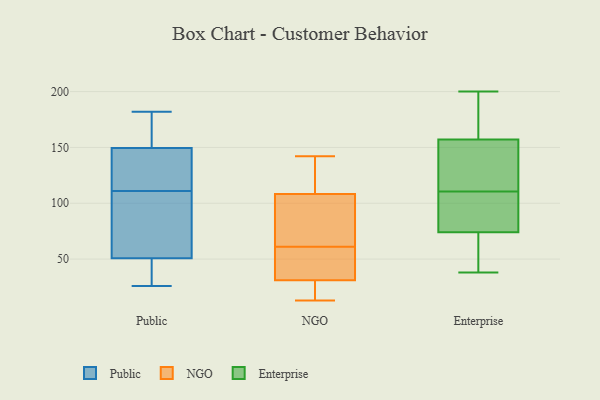
{"axis": {"x": "Satisfaction Score", "y": "Value"}, "legend": ["Enterprise", "NGO", "Public"], "data": [{"x": "", "y": 34, "type": "Public"}, {"x": "", "y": 116, "type": "Public"}, {"x": "", "y": 71, "type": "Public"}, {"x": "", "y": 79, "type": "Public"}, {"x": "", "y": 143, "type": "Public"}, {"x": "", "y": 151, "type": "Public"}, {"x": "", "y": 182, "type": "Public"}, {"x": "", "y": 26, "type": "Public"}, {"x": "", "y": 149, "type": "Public"}, {"x": "", "y": 67, "type": "Public"}, {"x": "", "y": 169, "type": "Public"}, {"x": "", "y": 35, "type": "Public"}, {"x": "", "y": 143, "type": "Public"}, {"x": "", "y": 111, "type": "Public"}, {"x": "", "y": 56, "type": "Public"}, {"x": "", "y": 155, "type": "Public"}, {"x": "", "y": 28, "type": "Public"}, {"x": "", "y": 13, "type": "NGO"}, {"x": "", "y": 136, "type": "NGO"}, {"x": "", "y": 35, "type": "NGO"}, {"x": "", "y": 103, "type": "NGO"}, {"x": "", "y": 142, "type": "NGO"}, {"x": "", "y": 80, "type": "NGO"}, {"x": "", "y": 61, "type": "NGO"}, {"x": "", "y": 115, "type": "NGO"}, {"x": "", "y": 106, "type": "NGO"}, {"x": "", "y": 31, "type": "NGO"}, {"x": "", "y": 15, "type": "NGO"}, {"x": "", "y": 31, "type": "NGO"}, {"x": "", "y": 57, "type": "NGO"}, {"x": "", "y": 157, "type": "Enterprise"}, {"x": "", "y": 82, "type": "Enterprise"}, {"x": "", "y": 38, "type": "Enterprise"}, {"x": "", "y": 92, "type": "Enterprise"}, {"x": "", "y": 105, "type": "Enterprise"}, {"x": "", "y": 56, "type": "Enterprise"}, {"x": "", "y": 157, "type": "Enterprise"}, {"x": "", "y": 70, "type": "Enterprise"}, {"x": "", "y": 116, "type": "Enterprise"}, {"x": "", "y": 200, "type": "Enterprise"}, {"x": "", "y": 187, "type": "Enterprise"}, {"x": "", "y": 171, "type": "Enterprise"}, {"x": "", "y": 50, "type": "Enterprise"}, {"x": "", "y": 74, "type": "Enterprise"}, {"x": "", "y": 99, "type": "Enterprise"}, {"x": "", "y": 153, "type": "Enterprise"}, {"x": "", "y": 146, "type": "Enterprise"}, {"x": "", "y": 129, "type": "Enterprise"}]}